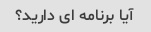
آیا برنامه ای دارید؟